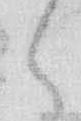
々